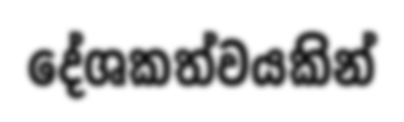
දේශකත්වයකින්